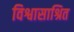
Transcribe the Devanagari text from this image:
विश्वासाश्रित